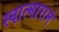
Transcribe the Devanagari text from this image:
स्वात्मारामं